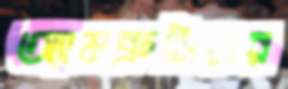
অ্যামব্রুসিয়ার